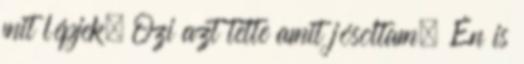
mit lépjek. Ozi azt tette amit jósoltam. Én is